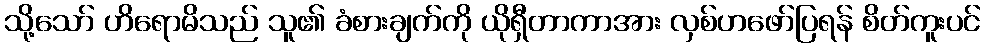
သို့သော် ဟိရောမိသည် သူ၏ ခံစားချက်ကို ယိုရှီတာကာအား လှစ်ဟဖော်ပြရန် စိတ်ကူးပင်